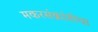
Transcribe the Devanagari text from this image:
मकरसंक्रांतीचा